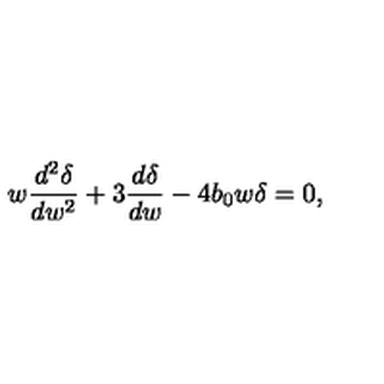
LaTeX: w \frac { d ^ { 2 } \delta } { d w ^ { 2 } } + 3 \frac { d \delta } { d w } - 4 b _ { 0 } w \delta = 0 ,